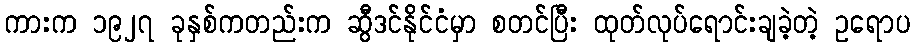
ကားက ၁၉၂၇ ခုနှစ်ကတည်းက ဆွီဒင်နိုင်ငံမှာ စတင်ပြီး ထုတ်လုပ်ရောင်းချခဲ့တဲ့ ဥရောပ